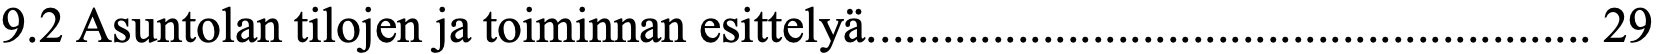
9.2 Asuntolan tilojen ja toiminnan esittelyä. ......................................................... 29